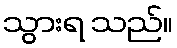
သွားရ သည်။